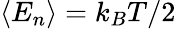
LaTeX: \langle E_{n}\rangle=k_{B}T/2